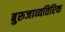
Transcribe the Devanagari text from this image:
बुरुजाव्यतिरिक्त